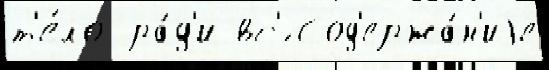
т'е́ло ра́д'и вс'́ Сод'ержа́н'иjе